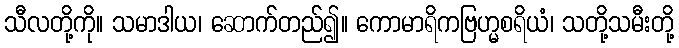
သီလတို့ကို။ သမာဒါယ၊ ဆောက်တည်၍။ ကောမာရိကဗြဟ္မစရိယံ၊ သတို့သမီးတို့